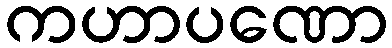
ကဟာပဏော